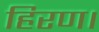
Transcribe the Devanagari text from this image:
हिरण।